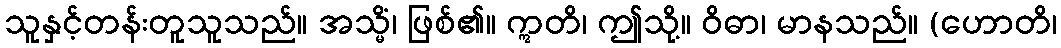
သူနှင့်တန်းတူသူသည်။ အသ္မိံ၊ ဖြစ်၏။ ဣတိ၊ ဤသို့။ ဝိဓာ၊ မာနသည်။ (ဟောတိ၊